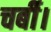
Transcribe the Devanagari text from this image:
चर्बी।